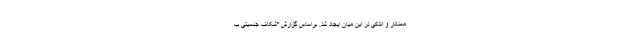
معنادار و اندکی در این میان ایجاد شد. براساس گزارش "شکاف جنسیتی ب